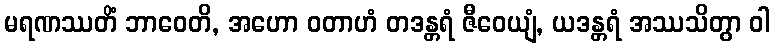
မရဏဿတိံ ဘာဝေတိ, အဟော ဝတာဟံ တဒန္တရံ ဇီဝေယျံ, ယဒန္တရံ အဿသိတွာ ဝါ